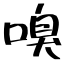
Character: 嗅